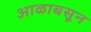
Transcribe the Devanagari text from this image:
आळाबसून